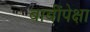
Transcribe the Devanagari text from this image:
बाबींपेक्षा